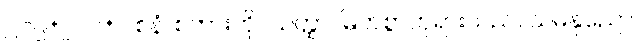
၂၁၉+၂၂၀+ ဝစနံ၊ စကားကို။ သတ္ထာ၊ မြတ်စွာဘုရားသည်။ သမနုညော၊